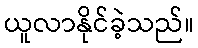
ယူလာနိုင်ခဲ့သည်။